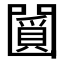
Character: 𠚞